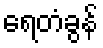
ရေတံခွန်